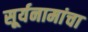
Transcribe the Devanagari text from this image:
सूर्यनामांचा